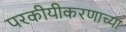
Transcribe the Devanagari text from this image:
परकीयीकरणाच्या